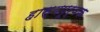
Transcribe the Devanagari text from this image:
हास्यपूर्वक